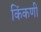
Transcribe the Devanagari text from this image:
किंकणी